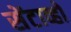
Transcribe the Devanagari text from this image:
सेंटाव्हो